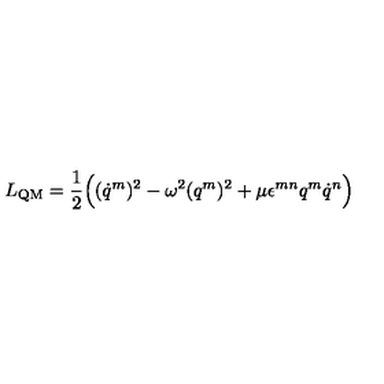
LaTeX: L _ { \mathrm { Q M } } = \frac 1 2 \Bigl ( ( \dot { q } ^ { m } ) ^ { 2 } - \omega ^ { 2 } ( q ^ { m } ) ^ { 2 } + \mu \epsilon ^ { m n } q ^ { m } \dot { q } ^ { n } \Bigr )